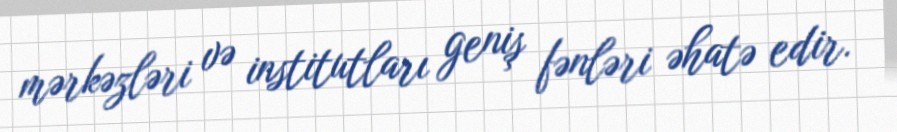
mərkəzləri və institutları geniş fənləri əhatə edir.